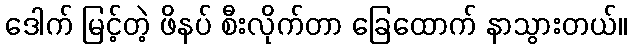
ဒေါက် မြင့်တဲ့ ဖိနပ် စီးလိုက်တာ ခြေထောက် နာသွားတယ်။